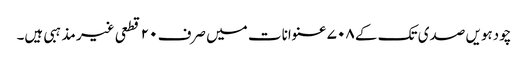
چودہویں صدی تک کے ۷۰۸ عنوانات میں صرف ۲۰ قطعی غیر مذہبی ہیں۔